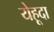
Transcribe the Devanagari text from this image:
येहूदा